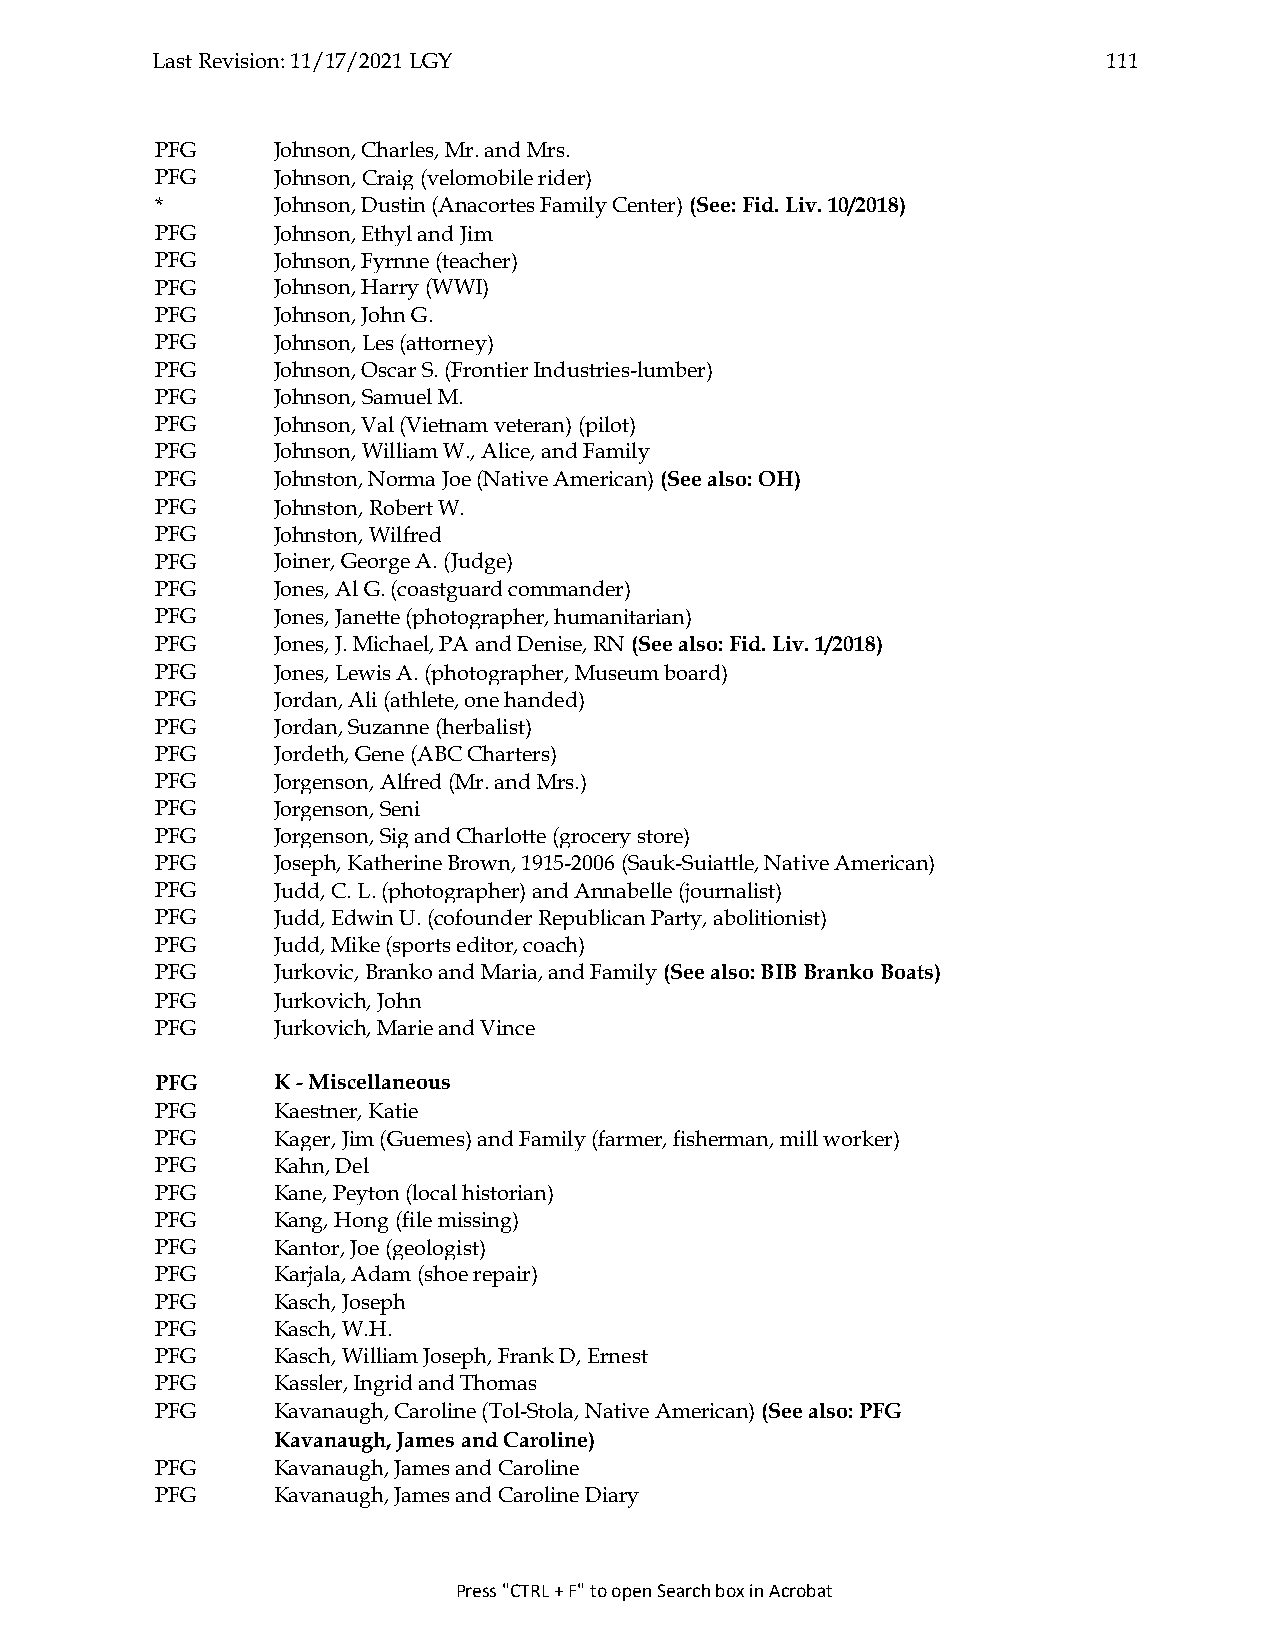
Last Revision: 11/17/2021 LGY                                  111
 PFG     Johnson, Charles, Mr. and Mrs.
 PFG     Johnson, Craig (velomobile rider)
 *       Johnson, Dustin (Anacortes Family Center) (See: Fid. Liv. 10/2018)
 PFG     Johnson, Ethyl and Jim
 PFG     Johnson, Fyrnne (teacher)
 PFG     Johnson, Harry (WWI)
 PFG     Johnson, John G.
 PFG     Johnson, Les (attorney)
 PFG     Johnson, Oscar S. (Frontier Industries-lumber)
 PFG     Johnson, Samuel M.
 PFG     Johnson, Val (Vietnam veteran) (pilot)
 PFG     Johnson, William W., Alice, and Family
 PFG     Johnston, Norma Joe (Native American) (See also: OH)
 PFG     Johnston, Robert W.
 PFG     Johnston, Wilfred
 PFG     Joiner, George A. (Judge)
 PFG     Jones, Al G. (coastguard commander)
 PFG     Jones, Janette (photographer, humanitarian)
 PFG     Jones, J. Michael, PA and Denise, RN (See also: Fid. Liv. 1/2018)
 PFG     Jones, Lewis A. (photographer, Museum board)
 PFG     Jordan, Ali (athlete, one handed)
 PFG     Jordan, Suzanne (herbalist)
 PFG     Jordeth, Gene (ABC Charters)
 PFG     Jorgenson, Alfred (Mr. and Mrs.)
 PFG     Jorgenson, Seni
 PFG     Jorgenson, Sig and Charlotte (grocery store)
 PFG     Joseph, Katherine Brown, 1915-2006 (Sauk-Suiattle, Native American)
 PFG     Judd, C. L. (photographer) and Annabelle (journalist)
 PFG     Judd, Edwin U. (cofounder Republican Party, abolitionist)
 PFG     Judd, Mike (sports editor, coach)
 PFG     Jurkovic, Branko and Maria, and Family (See also: BIB Branko Boats)
 PFG     Jurkovich, John
 PFG     Jurkovich, Marie and Vince
 PFG     K - Miscellaneous
 PFG     Kaestner, Katie
 PFG     Kager, Jim (Guemes) and Family (farmer, fisherman, mill worker)
 PFG     Kahn, Del
 PFG     Kane, Peyton (local historian)
 PFG     Kang, Hong (file missing)
 PFG     Kantor, Joe (geologist)
 PFG     Karjala, Adam (shoe repair)
 PFG     Kasch, Joseph
 PFG     Kasch, W.H.
 PFG     Kasch, William Joseph, Frank D, Ernest
 PFG     Kassler, Ingrid and Thomas
 PFG     Kavanaugh, Caroline (Tol-Stola, Native American) (See also: PFG
 Kavanaugh, James and Caroline)
 PFG     Kavanaugh, James and Caroline
 PFG     Kavanaugh, James and Caroline Diary
 Press "CTRL + F" to open Search box in Acrobat